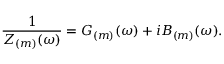
\frac { 1 } { Z _ { ( m ) } ( \omega ) } = G _ { ( m ) } ( \omega ) + i B _ { ( m ) } ( \omega ) .